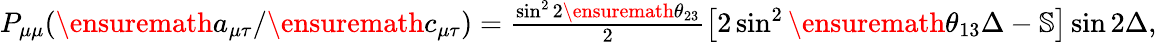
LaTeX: \begin{array}{r}{P_{\mu\mu}(\ensuremath{a_{\mu\tau}}/\ensuremath{c_{\mu\tau}})=\frac{\sin^{2}2\ensuremath{\theta_{23}}}{2}\left[2\sin^{2}\ensuremath{\theta_{13}}\Delta-\mathbb{S}\right]\sin 2\Delta,}\end{array}